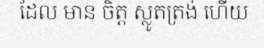
ដែល មាន ចិត្ត ស្លូតត្រង់ ហើយ